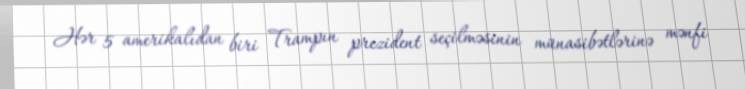
Hər 5 amerikalıdan biri Trampın prezident seçilməsinin münasibətlərinə mənfi